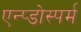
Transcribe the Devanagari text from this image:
एन्प्डोस्पर्म